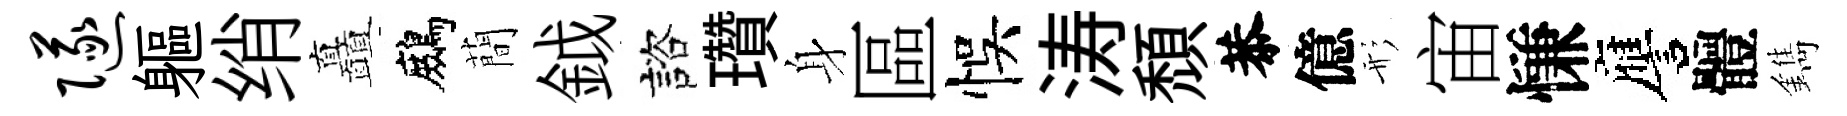
隧軀绡矗鷓蕳鉞諮瓚身區悞涛頹恭億形宙慊譍體鐫